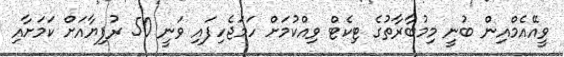
ވީއޭއެމްއިން ބުނީ މިމުބާރާތުގެ ޓިކެޓް ވިއްކުމަށް ހަމަޖެހިފައި ވަނީ 50 ރުފިޔާއަށް ކަަމަށާއި